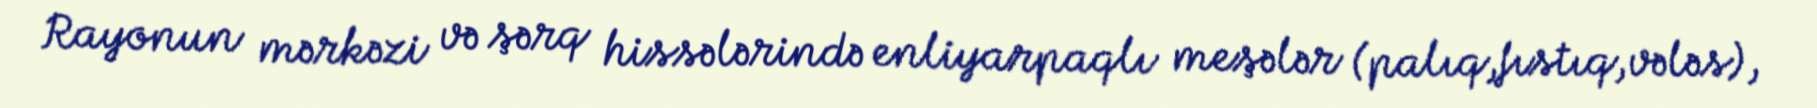
Rayonun mərkəzi və şərq hissələrində enliyarpaqlı meşələr (palıq,fıstıq,vələs),